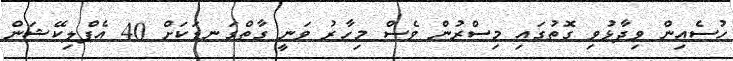
ހުސެއިން ވިދާޅުވި ގޮތުގައި މިސްރުން ވެސް މިހާރު ވަނީ ގާތްގަނޑަކަށް 40 އެޕްލިކޭޝަން